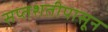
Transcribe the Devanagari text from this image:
सप्तशतीपासून